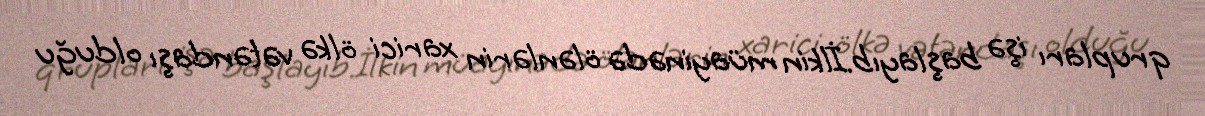
qrupları işə başlayıb.İlkin müayinədə ölənlərin xarici ölkə vətəndaşı olduğu